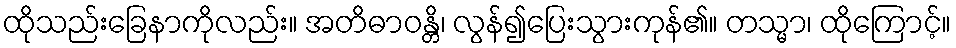
ထိုသည်းခြေနာကိုလည်း။ အတိဓာဝန္တိ၊ လွန်၍ပြေးသွားကုန်၏။ တသ္မာ၊ ထိုကြောင့်။